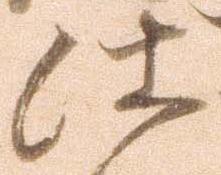
仕